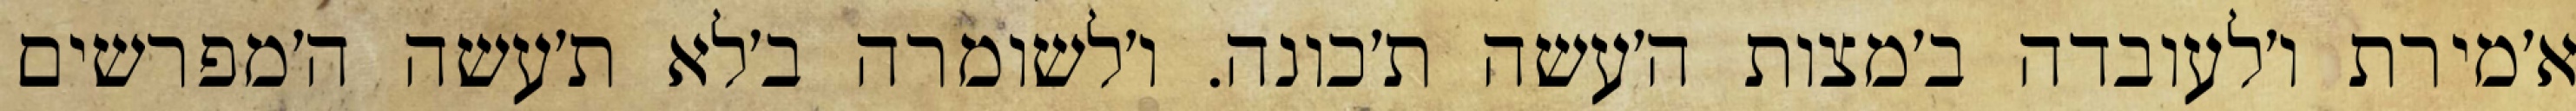
א׳מירת ו׳לעובדה ב׳מצות ה׳עשה ת׳כונה. ו׳לשומרה ב׳לא ת׳עשה ה׳מפרשים